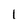
Character: l